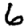
Digit: 6